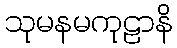
သုမနမကုဠာနိ